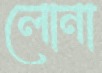
লোনা